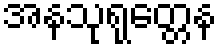
အနသုရုတ္တေန